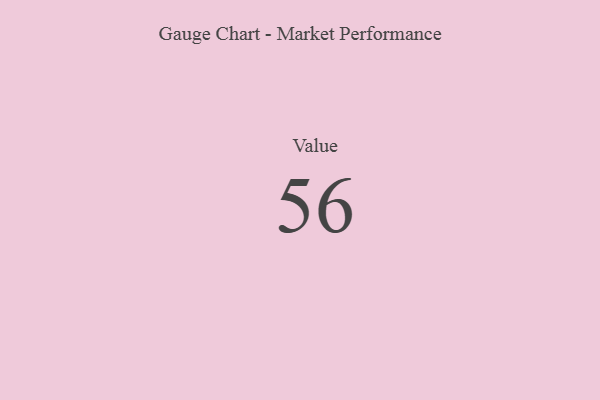
{"axis": {"x": "Metric", "y": "Value"}, "legend": [""], "data": [{"x": "Value", "y": 56, "type": ""}]}